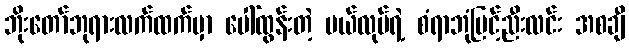
ဘိုးတော်ဘုရားလက်ထက်မှာ ပေါ်ထွန်းတဲ့ မယ်လုပ်ရဲ့ စံရာဘုံမြင့်ညီးလင်း အစချီ